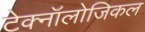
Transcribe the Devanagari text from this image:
टेक्नॉलोजिकल